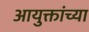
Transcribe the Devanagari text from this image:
आयुक्तांच्या